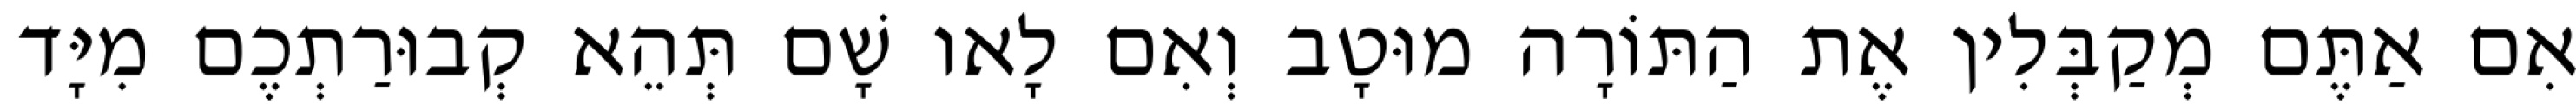
אִם אַתֶּם מְקַבְּלִין אֶת הַתּוֹרָה מוּטָב וְאִם לָאו שָׁם תְּהֵא קְבוּרַתְכֶם מִיָּד